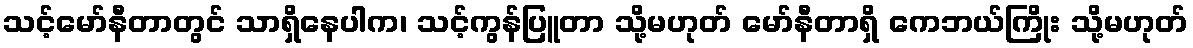
သင့်မော်နီတာတွင် သာရှိနေပါက၊ သင့်ကွန်ပြူတာ သို့မဟုတ် မော်နီတာရှိ ကေဘယ်ကြိုး သို့မဟုတ်